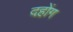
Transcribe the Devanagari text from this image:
दहोंग